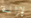
لإزالة